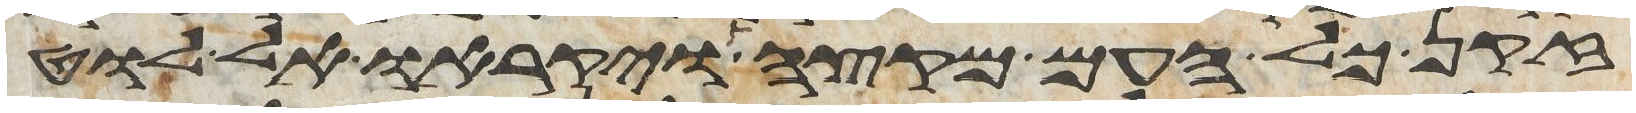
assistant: זקן כל העם מקצה ויקראו אל לוט